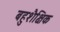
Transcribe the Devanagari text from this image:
बहुशैक्षिक